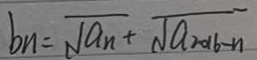
b _ { n } = \sqrt { a _ { n } } + \sqrt { a _ { 2 0 1 6 - n } }